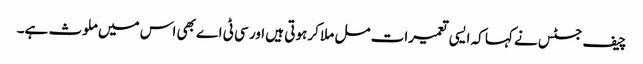
چیف جسٹس نے کہا کہ ایسی تعمیرات مل ملا کر ہوتی ہیں اور سی ٹی اے بھی اس میں ملوث ہے۔